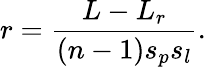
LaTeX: r=\frac{L-L_{r}}{(n-1)s_{p}s_{l}}.